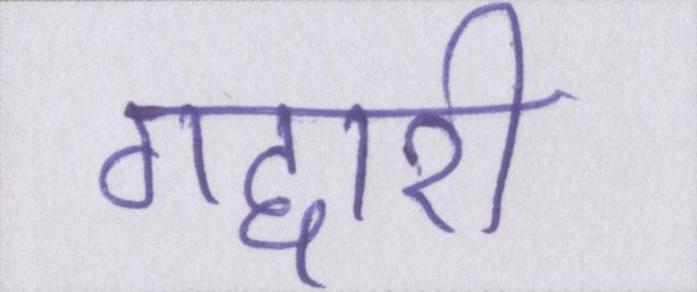
गद्दारी